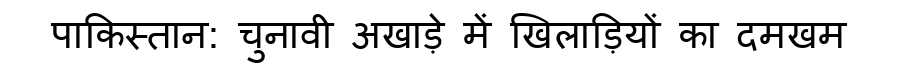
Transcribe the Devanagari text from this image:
पाकिस्तान: चुनावी अखाड़े में खिलाड़ियों का दमखम